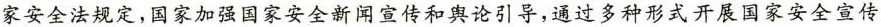
家安全法规定，国家加强国家安全新闻宣传和舆论引导，通过多种形式开展国家安全宣传